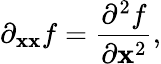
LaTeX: \partial_{\mathbf{x}\mathbf{x}}f={\frac{{\partial^{2}f}}{{\partial\mathbf{x}^{2}}}},